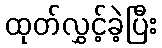
ထုတ်လွှင့်ခဲ့ပြီး